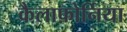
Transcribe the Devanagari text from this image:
कैलाफ़ोर्निया